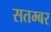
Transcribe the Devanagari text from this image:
सतम्बर